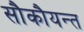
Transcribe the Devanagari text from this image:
सौकौयन्त